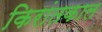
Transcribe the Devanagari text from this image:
किरांतकाल